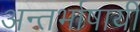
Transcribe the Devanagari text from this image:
अन्तर्भाषायी